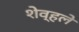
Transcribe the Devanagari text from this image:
शेव्हले